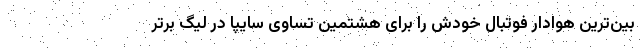
بین‌ترین هوادار فوتبال خودش را برای هشتمین تساوی سایپا در لیگ برتر